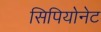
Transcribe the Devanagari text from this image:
सिपियोनेट